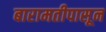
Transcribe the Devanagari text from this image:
बारामतीपासून